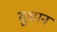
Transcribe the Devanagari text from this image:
सुशान